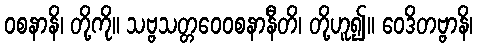
ဝစနာနိ၊ တို့ကို။ သဗ္ဗသတ္တဝေဝစနာနီတိ၊ တို့ဟူ၍။ ဝေဒိတဗ္ဗာနိ၊